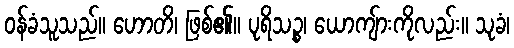
ဝန်ခံသူသည်။ ဟောတိ၊ ဖြစ်၏။ ပုရိသဉ္စ၊ ယောကျ်ားကိုလည်း။ သုခံ၊